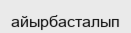
айырбасталып